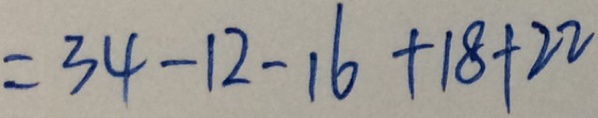
= 3 4 - 1 2 - 1 6 + 1 8 + 2 2